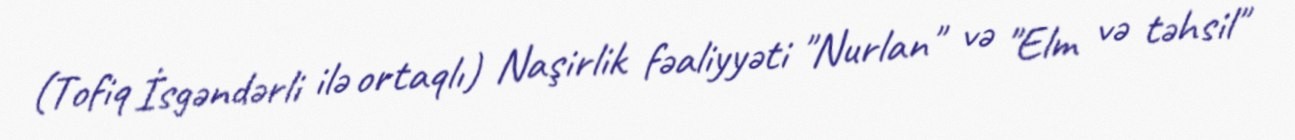
(Tofiq İsgəndərli ilə ortaqlı) Naşirlik fəaliyyəti "Nurlan" və "Elm və təhsil"